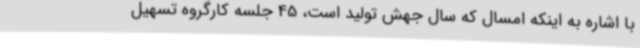
با اشاره به اینکه امسال که سال جهش تولید است، 45 جلسه کارگروه تسهیل